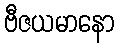
ဗီဇယမာနော